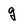
Character: g